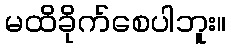
မထိခိုက်စေပါဘူး။